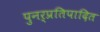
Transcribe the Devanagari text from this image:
पुनर्प्रतिपादित